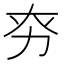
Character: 𠡊